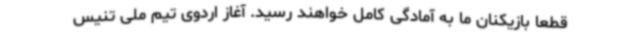
قطعا بازیکنان ما به آمادگی کامل خواهند رسید. آغاز اردوی تیم ملی تنیس